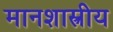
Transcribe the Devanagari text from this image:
मानशास्त्रीय